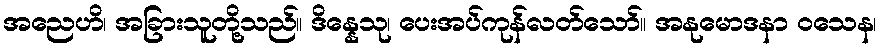
အညေဟိ၊ အခြားသူတို့သည်။ ဒိန္နေသု၊ ပေးအပ်ကုန်လတ်သော်။ အနုမောဒနာ ဝသေန၊